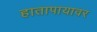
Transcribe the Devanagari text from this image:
हातापायावर